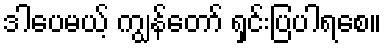
ဒါပေမယ့် ကျွန်တော် ရှင်းပြပါရစေ။